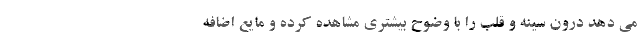
می دهد درون سینه و قلب را با وضوح بیشتری مشاهده کرده و مایع اضافه